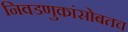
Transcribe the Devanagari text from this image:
निवडणुकांसोबतच